Annual report of the Imperial Bacteriological Laboratory, Muktesar
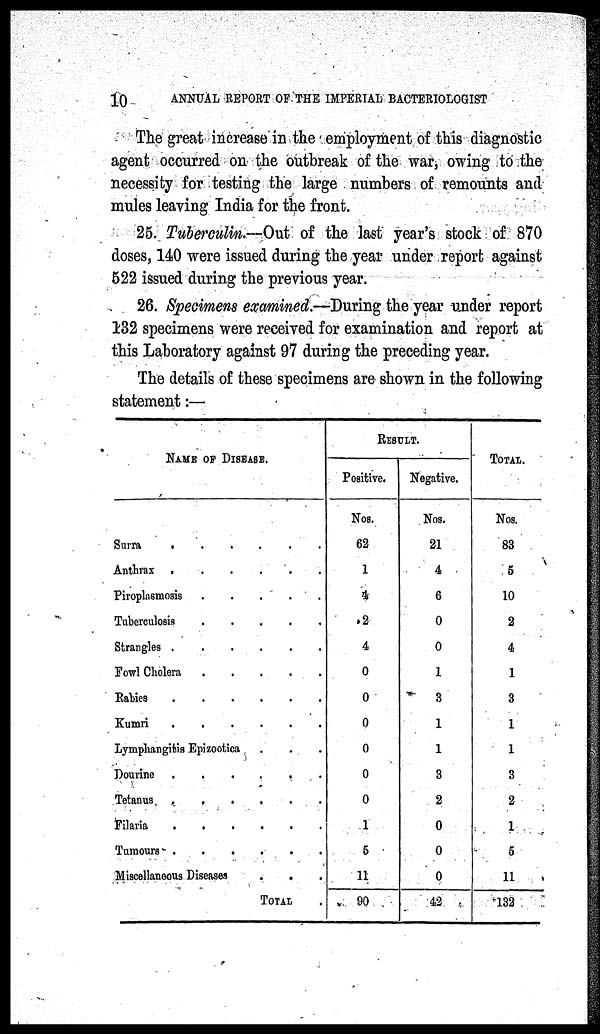
10
ANNUAL REPORT OF THE IMPERIAL BACTERIOLOGIST
The great increase in the employment of this diagnostic
agent occurred on the outbreak of the war, owing to the
necessity for testing the large numbers of remounts and
mules leaving India for the front.
25. Tuberculin.—Out of the last year's stock of 870
doses, 140 were issued during the year under report against
522 issued during the previous year.
26. Specimens examined.—During the year under report
132 specimens were received for examination and report at
this Laboratory against 97 during the preceding year.
The details of these specimens are shown in the following
statement :—
NAME OF DISEASE.
Surra . . . .
Anthrax . . . .
Piroplasmosis . . . .
Tuberculosis . . . .
Strangles . . . .
Fowl Cholera . . . .
Rabies . . . .
Kumari . . . .
Lymphangitis Epizootica
Dourine . . . .
Tetanus . . . .
Filaria . . . .
Tumours . . . .
Miscellaneous Diseases
.
.
.
.
.
.
.
.
.
.
.
.
.
.
TOTAL
.
.
.
.
.
.
.
.
.
.
.
.
.
.
.
RESULT.
Positive.
Nos.
62
1
4
2
4
0
0
0
0
0
0
1
5
11
90
Negative.
Nos.
21
4
6
0
0
1
3
1
1
3
2
0
0
0
42
TOTAL
Nos.
83
5
10
2
4
1
3
1
1
3
2
1
5
11
132